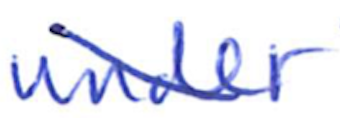
Text: under
Cross-out: diagonal
Writing tool: ballpoint